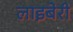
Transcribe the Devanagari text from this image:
लाइबेरी